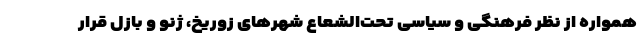
همواره از نظر فرهنگی و سیاسی تحت‌الشعاع شهرهای زوریخ، ژنو و بازل قرار